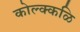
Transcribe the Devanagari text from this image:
कोल्क्कळि